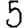
Digit: 5